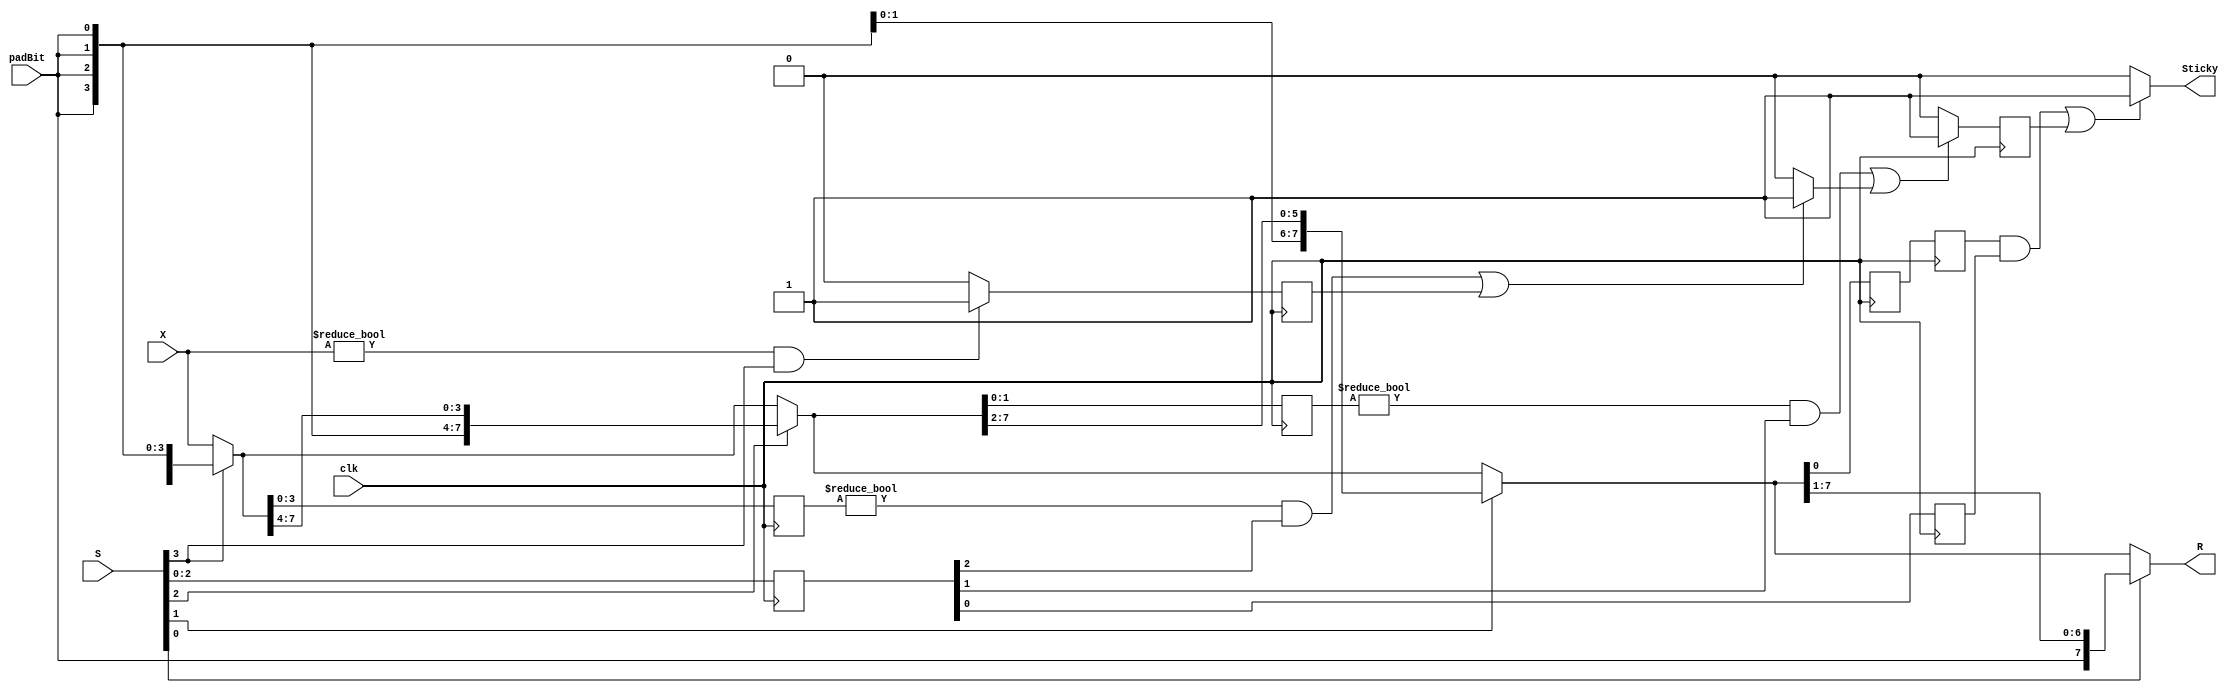
/* Generated by Yosys 0.12 (git sha1 UNKNOWN, gcc 11.1.0 -march=x86-64 -mtune=generic -O2 -fno-plt -fPIC -Os) */

module RightShifterSticky8_by_max_8_F400_uid24(clk, X, S, padBit, R, Sticky);
  reg [3:0] _00_;
  wire _01_;
  wire _02_;
  wire _03_;
  wire [7:0] _04_;
  wire _05_;
  wire _06_;
  wire _07_;
  wire _08_;
  wire _09_;
  wire [7:0] _10_;
  reg [3:0] _11_;
  wire _12_;
  wire _13_;
  wire _14_;
  wire _15_;
  wire _16_;
  wire [7:0] _17_;
  wire _18_;
  wire _19_;
  wire _20_;
  wire _21_;
  reg _22_;
  wire _23_;
  wire [7:0] _24_;
  reg [7:0] _25_;
  reg [7:0] _26_;
  reg _27_;
  reg [7:0] _28_;
  reg [7:0] _29_;
  wire _30_;
  output [7:0] R;
  input [3:0] S;
  output Sticky;
  input [7:0] X;
  input clk;
  wire [7:0] level0;
  wire [7:0] level1;
  wire [7:0] level1_d1;
  wire [7:0] level1_d2;
  wire [7:0] level2;
  wire [7:0] level2_d1;
  wire [7:0] level3;
  wire [7:0] level3_d1;
  wire [7:0] level4;
  input padBit;
  wire [3:0] ps;
  wire [3:0] ps_d1;
  wire [3:0] ps_d2;
  wire stk0;
  wire stk1;
  wire stk1_d1;
  wire stk2;
  wire stk3;
  wire stk3_d1;
  always @(posedge clk)
    _00_ <= ps;
  always @(posedge clk)
    _11_ <= ps_d1;
  always @(posedge clk)
    _22_ <= stk3;
  always @(posedge clk)
    _25_ <= level3;
  always @(posedge clk)
    _26_ <= level2;
  always @(posedge clk)
    _27_ <= stk1;
  always @(posedge clk)
    _28_ <= level1;
  always @(posedge clk)
    _29_ <= level1_d1;
  assign _30_ = level4 != 8'h00;
  assign _01_ = _30_ & ps[3];
  assign _02_ = _01_ ? 1'h1 : 1'h0;
  assign _03_ = ~ ps[3];
  assign _04_ = _03_ ? level4 : { padBit, padBit, padBit, padBit, padBit, padBit, padBit, padBit };
  assign _05_ = level3_d1[3:0] != 4'h0;
  assign _06_ = _05_ & ps_d1[2];
  assign _07_ = _06_ | stk3_d1;
  assign _08_ = _07_ ? 1'h1 : 1'h0;
  assign _09_ = ~ ps[2];
  assign _10_ = _09_ ? level3 : { padBit, padBit, padBit, padBit, level3[7:4] };
  assign _12_ = level2_d1[1:0] != 2'h0;
  assign _13_ = _12_ & ps_d1[1];
  assign _14_ = _13_ | stk2;
  assign _15_ = _14_ ? 1'h1 : 1'h0;
  assign _16_ = ~ ps[1];
  assign _17_ = _16_ ? level2 : { padBit, padBit, level2[7:2] };
  assign _18_ = level1_d2[0] != 1'h0;
  assign _19_ = _18_ & ps_d2[0];
  assign _20_ = _19_ | stk1_d1;
  assign _21_ = _20_ ? 1'h1 : 1'h0;
  assign _23_ = ~ ps[0];
  assign _24_ = _23_ ? level1 : { padBit, level1[7:1] };
  assign ps = S;
  assign ps_d1 = _00_;
  assign ps_d2 = _11_;
  assign level4 = X;
  assign stk3 = _02_;
  assign stk3_d1 = _22_;
  assign level3 = _04_;
  assign level3_d1 = _25_;
  assign stk2 = _08_;
  assign level2 = _10_;
  assign level2_d1 = _26_;
  assign stk1 = _15_;
  assign stk1_d1 = _27_;
  assign level1 = _17_;
  assign level1_d1 = _28_;
  assign level1_d2 = _29_;
  assign stk0 = _21_;
  assign level0 = _24_;
  assign R = level0;
  assign Sticky = stk0;
endmodule